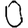
Digit: 0